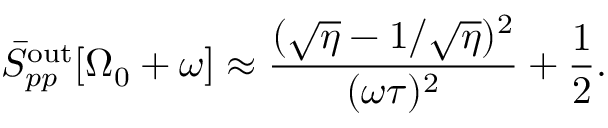
\bar { S } _ { p p } ^ { \mathrm { o u t } } [ \Omega _ { 0 } + \omega ] \approx \frac { ( \sqrt { \eta } - 1 / \sqrt { \eta } ) ^ { 2 } } { ( \omega \tau ) ^ { 2 } } + \frac { 1 } { 2 } .